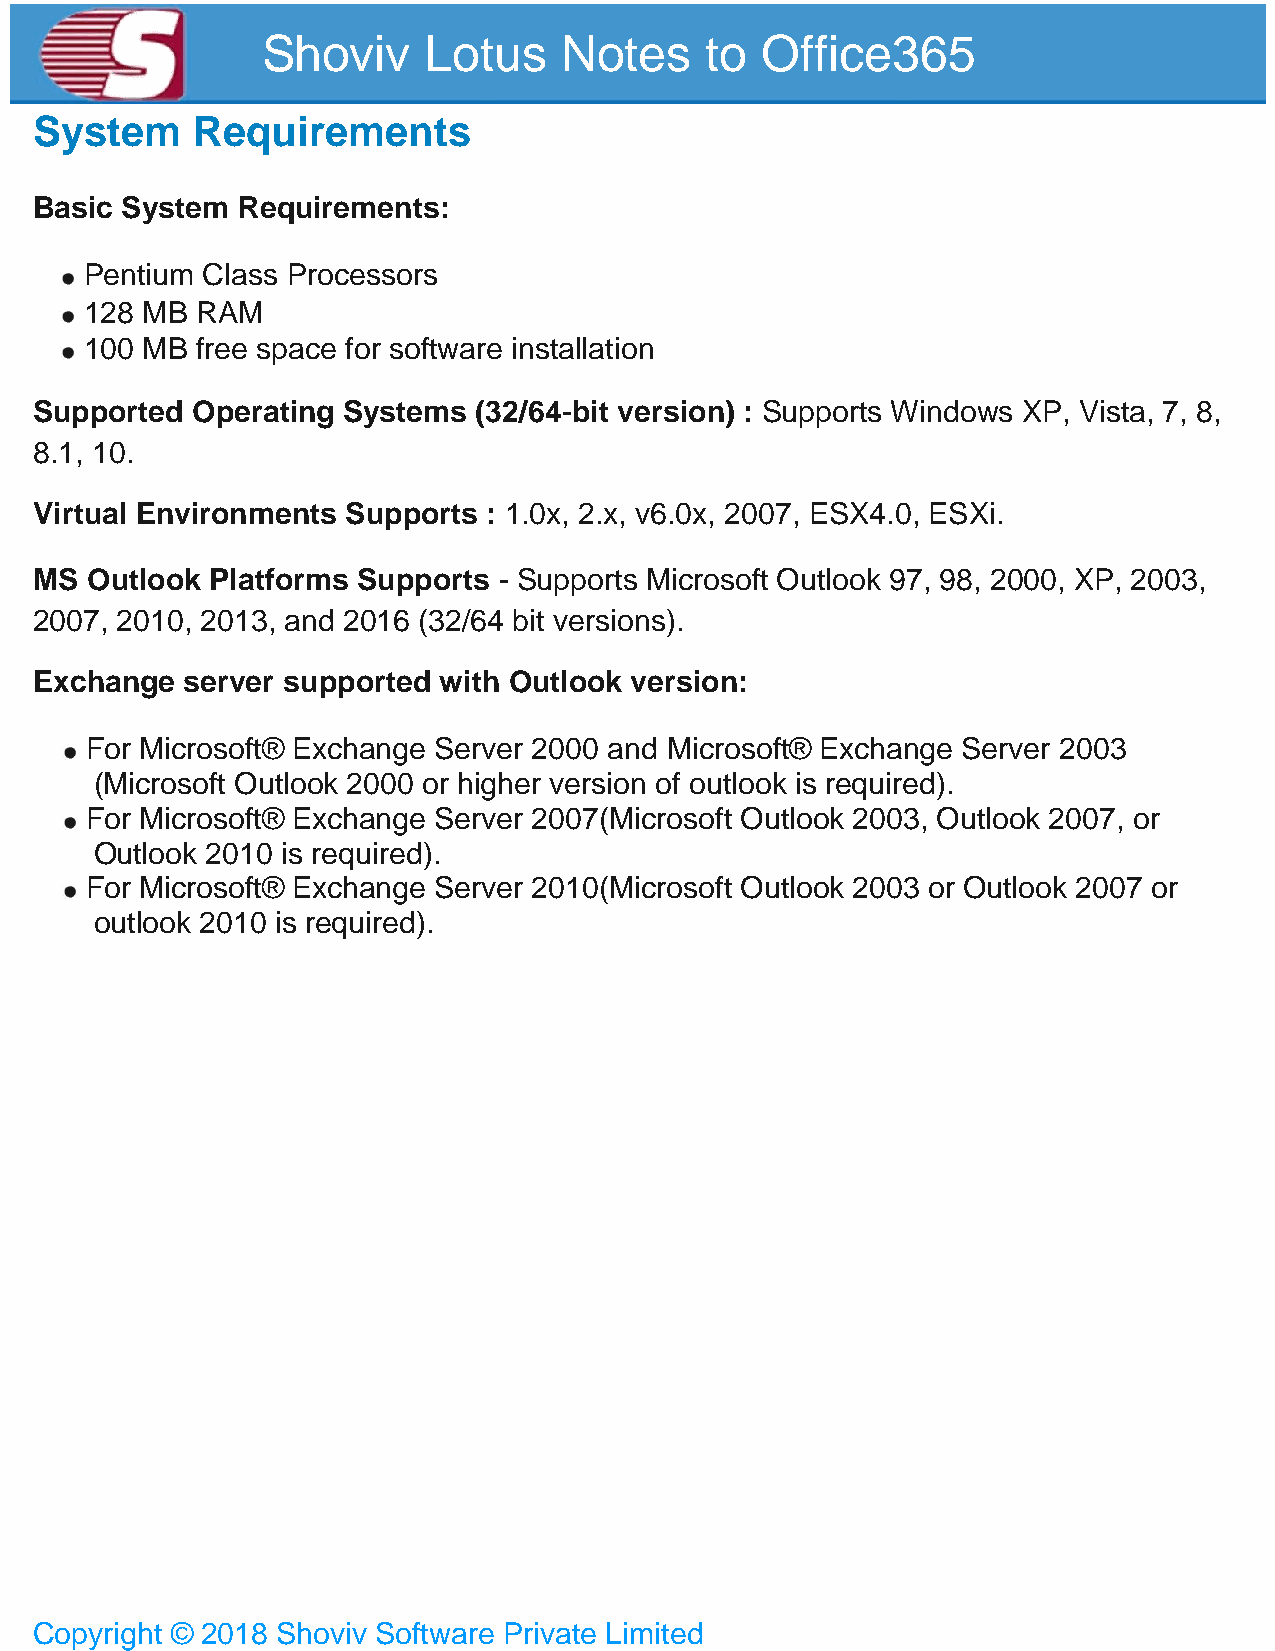
Shoviv     Lotus    Notes     to Office365
 System     Requirements
 Basic System  Requirements:
 Pentium Class Processors
 128 MB RAM
 100 MB free space for software installation
 Supported  Operating Systems  (32/64-bit version) : Supports Windows XP, Vista, 7, 8,
 8.1, 10.
 Virtual Environments Supports : 1.0x, 2.x, v6.0x, 2007, ESX4.0, ESXi.
 MS  Outlook Platforms Supports - Supports Microsoft Outlook 97, 98, 2000, XP, 2003,
 2007, 2010, 2013, and 2016 (32/64 bit versions).
 Exchange  server supported with Outlook version:
 For Microsoft® Exchange Server 2000 and Microsoft® Exchange Server 2003
 (Microsoft Outlook 2000 or higher version of outlook is required).
 For Microsoft® Exchange Server 2007(Microsoft Outlook 2003, Outlook 2007, or
 Outlook 2010 is required).
 For Microsoft® Exchange Server 2010(Microsoft Outlook 2003 or Outlook 2007 or
 outlook 2010 is required).
 Copyright © 2018 Shoviv Software Private Limited